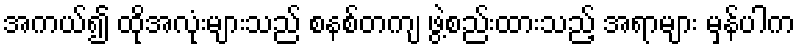
အကယ်၍ ထိုအလုံးများသည် စနစ်တကျ ဖွဲ့စည်းထားသည့် အရာများ မှန်ပါက